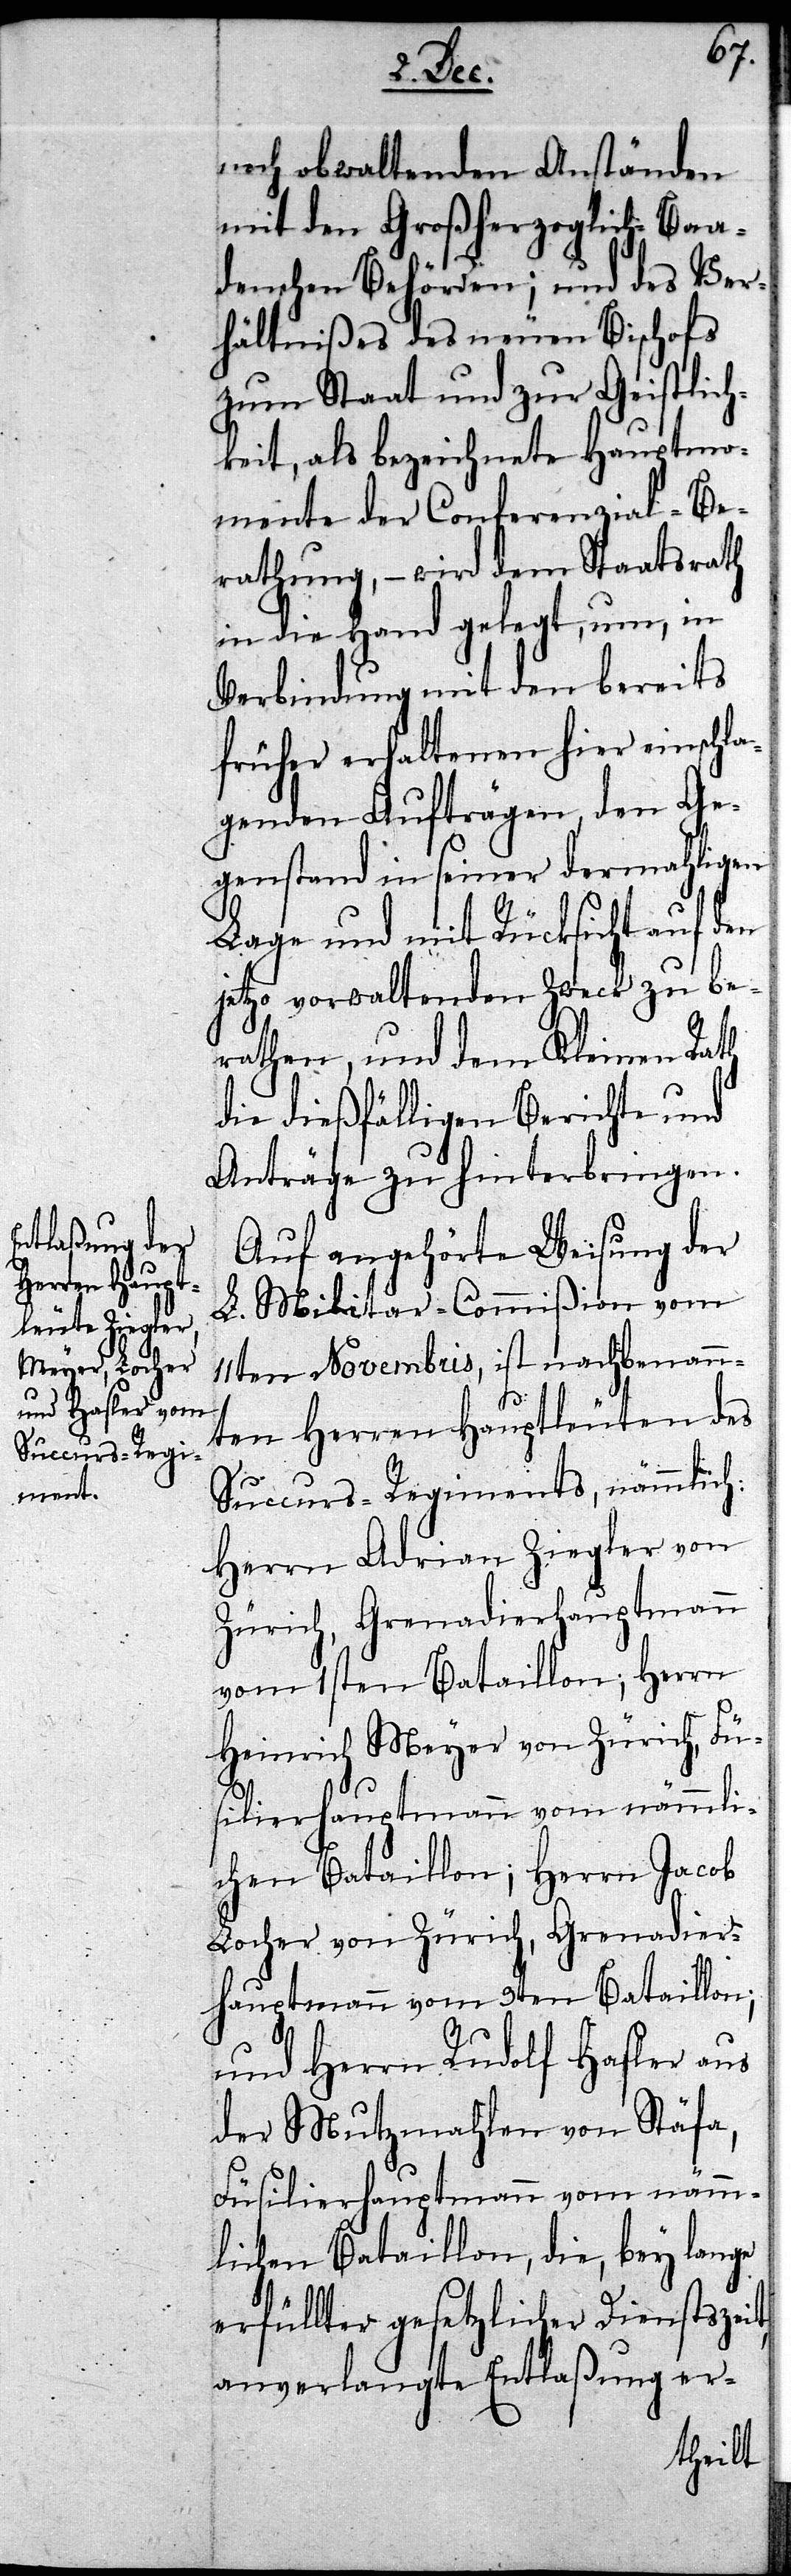
noch obwaltenden Anständen
mit den Großherzoglich-Baa¬
denschen Behörden; und des Ver¬
hältnißes des neuen Bischofs
zum Staat und zur Geistlich¬
keit, als bezeichnete Hauptmo¬
mente der Conferenzial-Be¬
rathung, – wird dem Staatsrath
in die Hand gelegt, um, in
Verbindung mit den bereits
früher erhaltenen hier einschla¬
genden Aufträgen, den Ge¬
genstand in seiner dermahligen
Lage und mit Rücksicht auf den
jetzo vorwaltenden Zweck zu be¬
rathen, und dem Kleinen Rath
die dießfälligen Berichte und
Anträge zu hinterbringen.
Auf angehörte Weisung der
L. Militar-Commißion vom
11ten Novembris, ist nachbenann¬
ten Herren Hauptleuten des
Succurs-Regiments, nämmlich
Herrn Adrian Ziegler von
Zürich, Grenadierhauptmann
vom 1sten Bataillon; Herrn
Heinrich Meyer von Zürich, Fü¬
silierhauptmann vom nämmli¬
chen Bataillon; Herrn Jacob
Locher von Zürich, Grenadier¬
hauptmann vom 3ten Bataillon;
und Herrn Rudolf Hasler aus
der Mutzmahlen von Stäfa,
Füsilierhauptmann vom nämm¬
lichen Bataillon, die, bey lange
erfüllter gesetzlicher Dienstszeit,
anverlangte Entlaßung er-